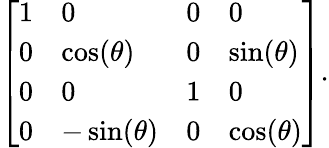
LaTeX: {\left[\begin{array}{llll}{1}&{0}&{0}&{0}\\ {0}&{\cos(\theta)}&{0}&{\sin(\theta)}\\ {0}&{0}&{1}&{0}\\ {0}&{-\sin(\theta)}&{0}&{\cos(\theta)}\end{array}\right]}.